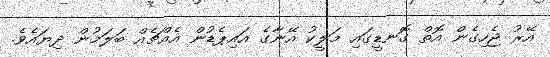
އޭރު ޖެހިގެން އޮތް ގޮނޑީގައި މަލީކު އޭނާގެ އައިޕެޑުން އެއްޗެއް ބަލަމުން ދިޔައެވެ.